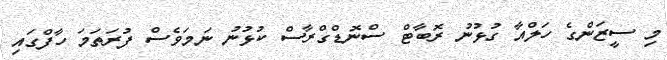
މި ސީޒަންގެ ހަލްއާ ގުޅުނު ރޮބާޓް ސްނޮޑްގްރާސް ކުޅުނު ނަމަވެސް ފުރަތަމަ ހާފްގައި